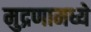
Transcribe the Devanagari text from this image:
मुद्रणामध्ये